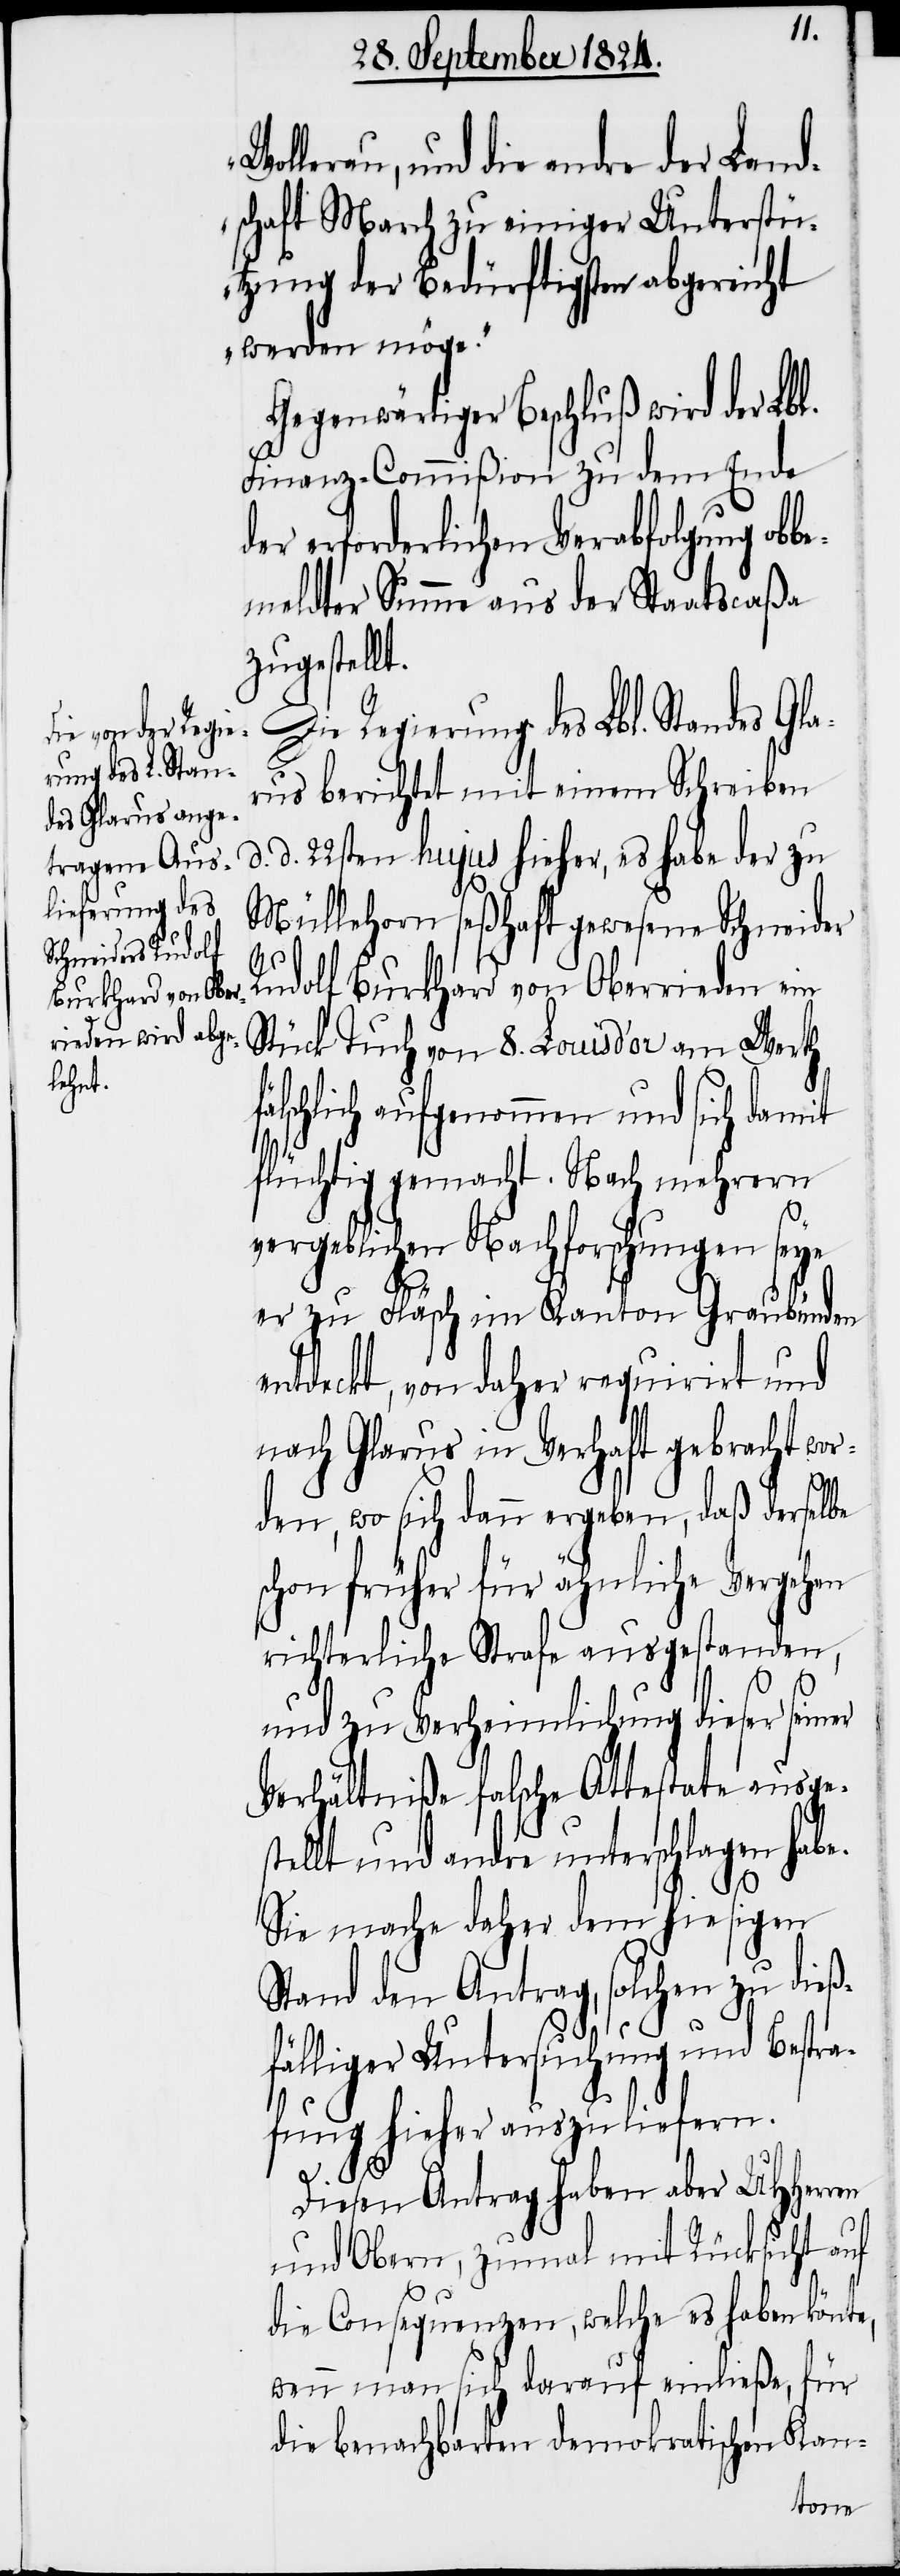
Wollerau, und die andre der Land¬
schaft March zu einiger Unterstü¬
tzung der Bedürftigsten abgereicht
werden möge.“
Gegenwärtiger Beschluß wird der Lbl.
Finanz-Commißion zu dem Ende
der erforderlichen Verabfolgung obb¬
emeldter Summe aus der Staatscaßa
zugestellt.
Die Regierung des Lbl. Standes Gl¬
arus berichtet mit einem Schreiben
d. 22sten hujus hieher, es habe der zu
Müllehorn seßhaft gewesene Schneider
e,
Rudolf Burkhard von Oberrieden ein
Stück Tuch von 8. Louis d’or am Werth
älschlich aufgenommen und sich damit
flüchtig gemacht. Nach mehrern
vergeblichen Nachforschungen seye
er zu Fläsch im Kanton Graubünden
entdeckt, von daher requirirt und
nach Glarus in Verhaft gebracht wor¬
den, wo sich dann ergeben, daß derselbe
schon früher für ähnliche Vergehen
richterliche Strafe ausgestanden,
und zu Verheimlichung dieser seiner
Verhältniße falsche Attestate ausges¬
tellt und andre unterschlagen habe.
Sie mache daher dem hiesigen
Stand den Antrag, solchen zu dieß¬
fälliger Untersuchung und Bestra¬
fung hieher auszuliefern.
Diesen Antrag haben aber UHHerren
und Obern, zumal mit Rücksicht auf
die Consequenzen, welche es haben könnt¬
wenn man sich darauf einließe, für
die benachbarten demokratischen Kan-